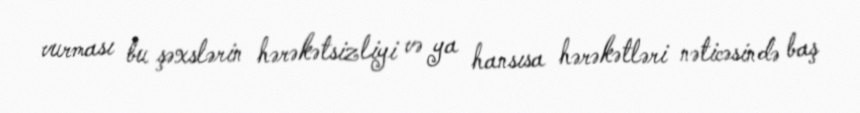
vurması bu şəxslərin hərəkətsizliyi və ya hansısa hərəkətləri nəticəsində baş